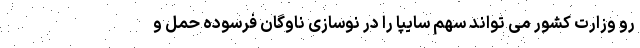
رو وزارت کشور می تواند سهم سایپا را در نوسازی ناوگان فرسوده حمل و